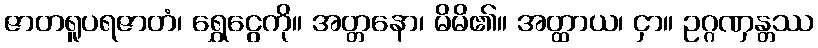
ဇာတရူပရဇာတံ၊ ရွှေငွေကို။ အတ္တနော၊ မိမိ၏။ အတ္ထာယ၊ ငှာ။ ဥဂ္ဂဏှန္တဿ